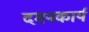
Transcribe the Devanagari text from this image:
दमनकार्य